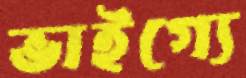
ভাইগ্যে